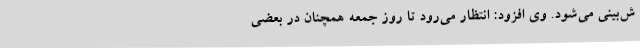
ش‌بینی می‌شود. وی افزود: انتظار می‌رود تا روز جمعه همچنان در بعضی